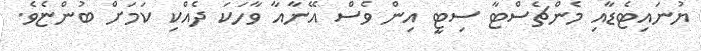
ޔުނައިޓެޑާއި މެންޗެސްޓާ ސިޓީ އިން ވެސް އޭނާއާ ވާހަކަ ދެއްކި ކަމަށް ބުންޏެވެ.